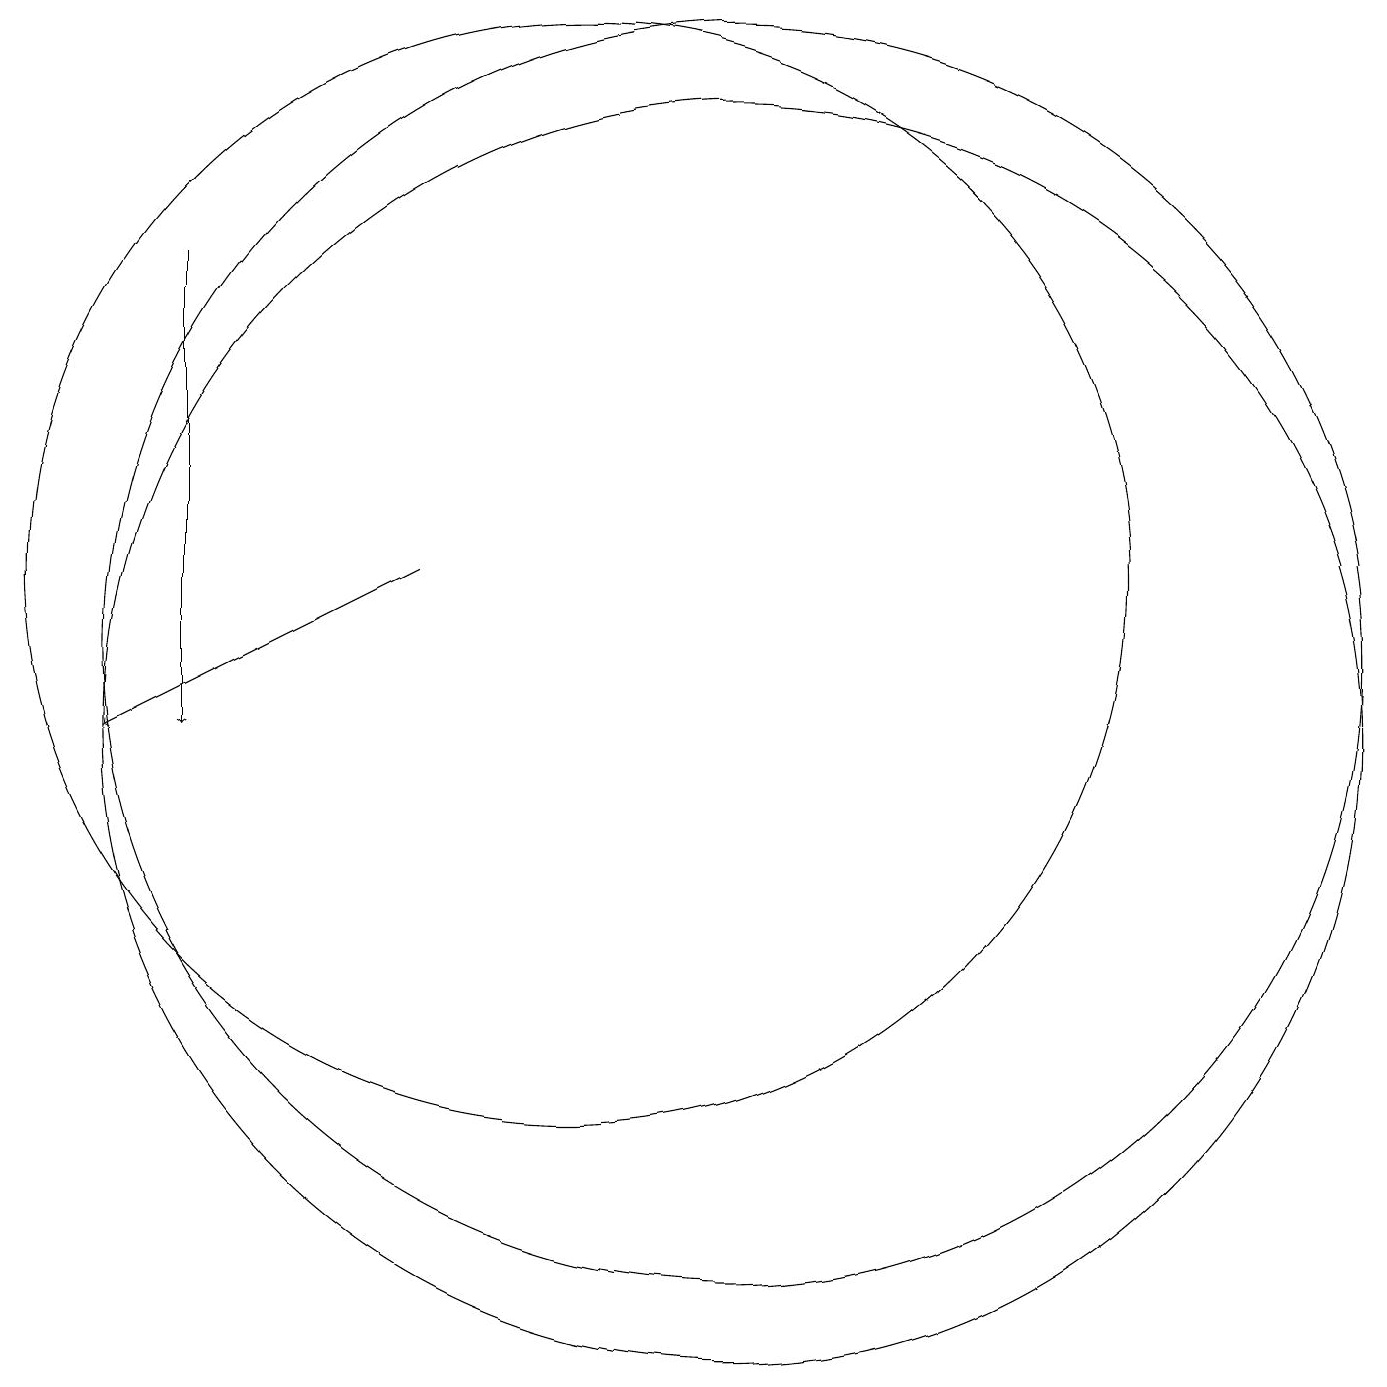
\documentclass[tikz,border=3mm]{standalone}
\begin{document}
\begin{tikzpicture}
\draw[->] (8,12) -- (4,10);
\draw (10,12) circle (7);
\draw[->] (5,16) -- (5,10);
\draw (12,11) circle (8);
\draw (12,10) circle (8);
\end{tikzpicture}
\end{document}